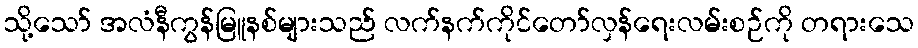
သို့သော် အလံနီကွန်မြူနစ်များသည် လက်နက်ကိုင်တော်လှန်ရေးလမ်းစဉ်ကို တရားသေ